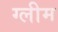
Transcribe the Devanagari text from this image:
ग्लीम